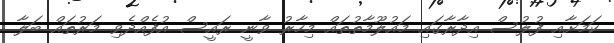
ކަމަށާއި ފުލުސް އިދާރާގައި މައުލޫމާތުތައް މިހާރު ވާނީ ރައީސް އުފެއްދެވި މަރުތައް ބަލާ